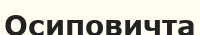
Осиповичта